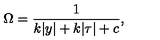
\Omega = { \frac { 1 } { \displaystyle { k | y | + k | \tau | + c } } } , \,